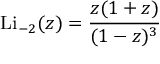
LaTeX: \operatorname { L i } _ { - 2 } ( z ) = { \frac { z ( 1 + z ) } { ( 1 - z ) ^ { 3 } } }